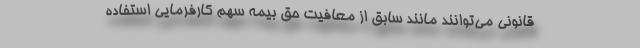
قانونی می‌توانند مانند سابق از معافیت حق بیمه سهم کارفرمایی استفاده